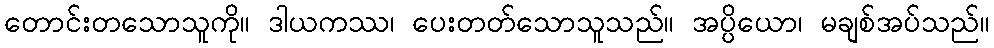
တောင်းတသောသူကို။ ဒါယကဿ၊ ပေးတတ်သောသူသည်။ အပ္ပိယော၊ မချစ်အပ်သည်။